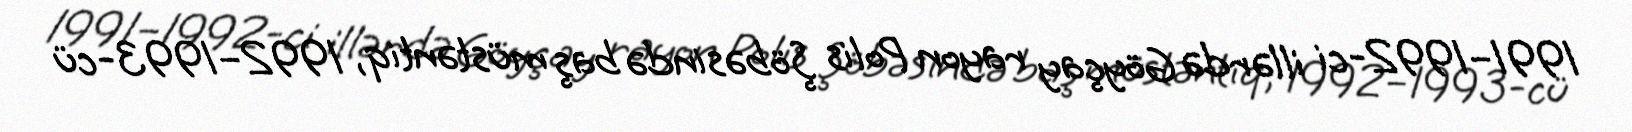
1991–1992-ci illərdə Göyçay rayon Polis Şöbəsində baş müstəntiq, 1992–1993-cü